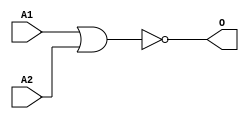
module JNOR2A1(A1, A2, O);
input   A1;
input   A2;
output  O;
nor g0(O, A1, A2);
endmodule